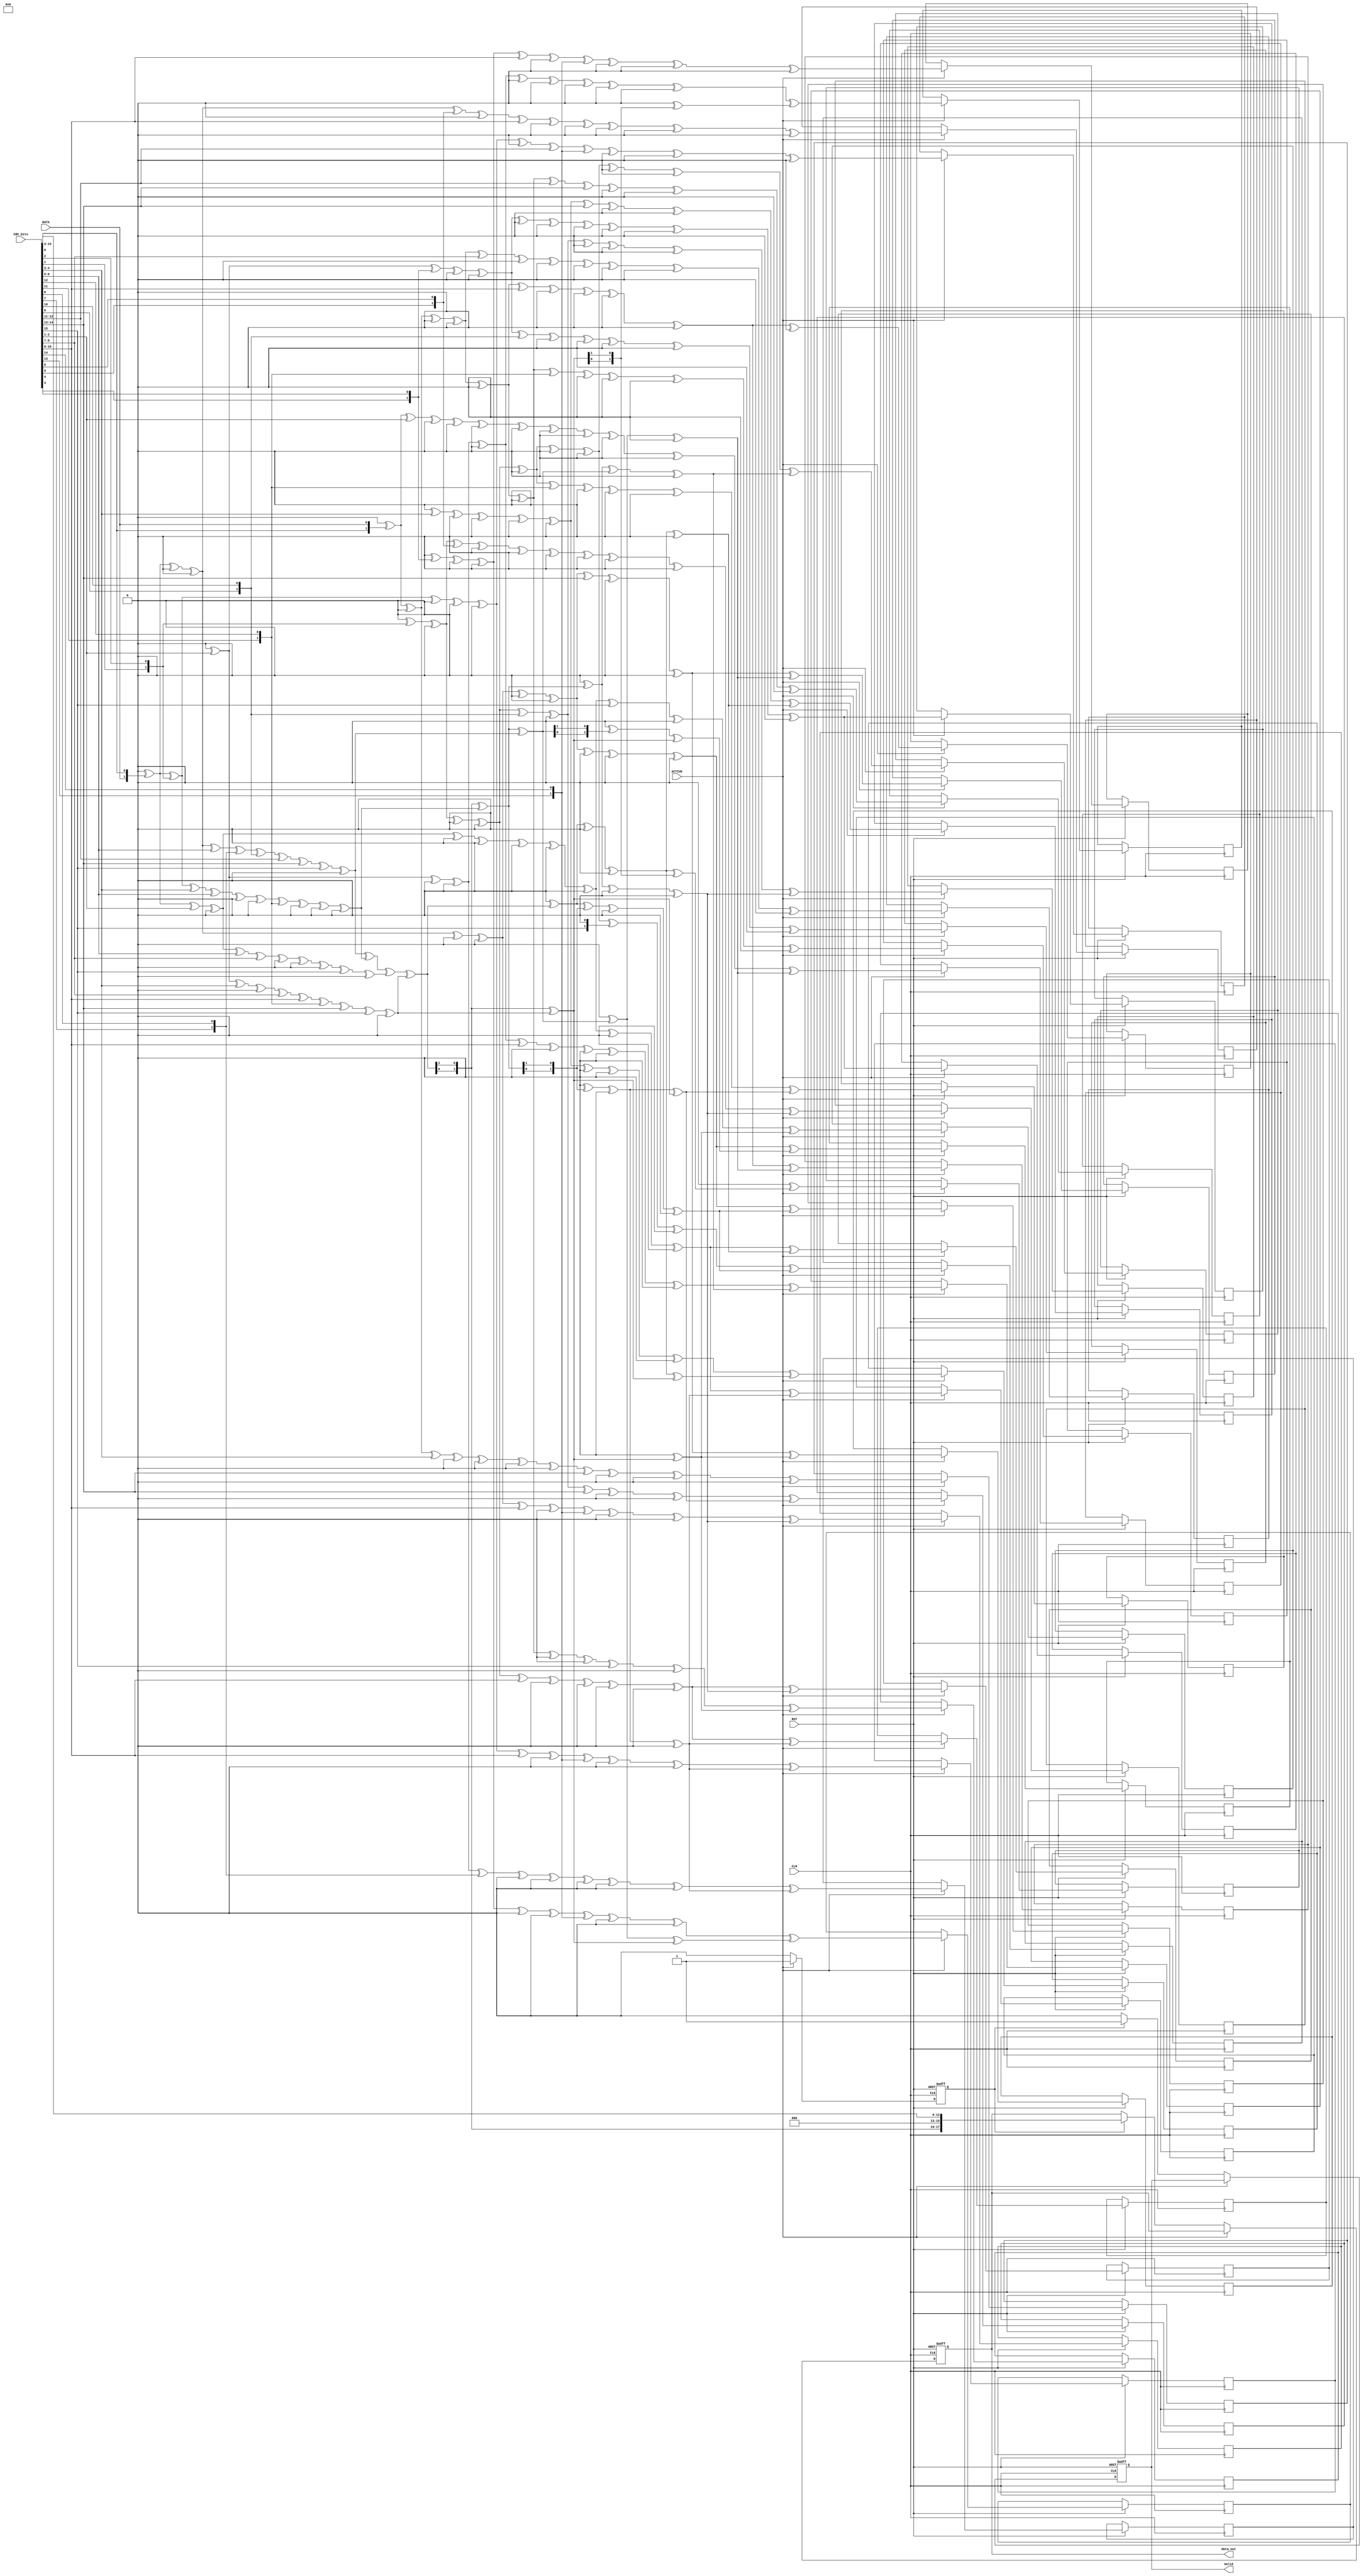
module LDPC #(parameter zc = 2, parameter kb = 10,parameter width =50,parameter size =width*zc ) (
    input CLK,
    input RST,
    input DATA,
    input [15:0] CRC_bits,
    input ACTIVE ,
    output     reg   [128-1:0]                   data_out,          
    output     reg                      Valid   
);
reg [(kb*zc)-1:0] message;
wire [3:0] A_matrix[3:0][kb-1:0];
wire [3:0]  B_matrix[3:0][3:0];
wire [3:0]  C1_matrix[37:0][kb-1:0];
wire [3:0]  D_matrix[37:0][3:0];

always @ (*) begin
    message = 'b0;
    message={CRC_bits,DATA};
end


  assign A_matrix[0][0] = 4'b0001;
    assign A_matrix[0][1] = 4'b0001;
    assign A_matrix[0][2] = 4'b0000;
    assign A_matrix[0][3] = 4'b0000;
    assign A_matrix[0][4] = 4'b1111;
    assign A_matrix[0][5] = 4'b1111;
    assign A_matrix[0][6] = 4'b0001;
    assign A_matrix[0][7] = 4'b1111;
    assign A_matrix[0][8] = 4'b1111;
    assign A_matrix[0][9] = 4'b0001;
    
    assign A_matrix[1][0] = 4'b0001;
    assign A_matrix[1][1] = 4'b1111;
    assign A_matrix[1][2] = 4'b1111;
    assign A_matrix[1][3] = 4'b0000;
    assign A_matrix[1][4] = 4'b0001;
    assign A_matrix[1][5] = 4'b0001;
    assign A_matrix[1][6] = 4'b0000;
    assign A_matrix[1][7] = 4'b0000;
    assign A_matrix[1][8] = 4'b0000;
    assign A_matrix[1][9] = 4'b0000;
    
    assign A_matrix[2][0] = 4'b0001;
    assign A_matrix[2][1] = 4'b0000;
    assign A_matrix[2][2] = 4'b1111;
    assign A_matrix[2][3] = 4'b0000;
    assign A_matrix[2][4] = 4'b0000;
    assign A_matrix[2][5] = 4'b1111;
    assign A_matrix[2][6] = 4'b1111;
    assign A_matrix[2][7] = 4'b1111;
    assign A_matrix[2][8] = 4'b0000;
    assign A_matrix[2][9] = 4'b1111;
    
     assign A_matrix[3][0] = 4'b1111;
    assign A_matrix[3][1] = 4'b0000;
    assign A_matrix[3][2] = 4'b0000;
    assign A_matrix[3][3] = 4'b1111;
    assign A_matrix[3][4] = 4'b0000;
    assign A_matrix[3][5] = 4'b0000;
    assign A_matrix[3][6] = 4'b0001;
    assign A_matrix[3][7] = 4'b0000;
    assign A_matrix[3][8] = 4'b0000;
    assign A_matrix[3][9] = 4'b0000;


   assign B_matrix[0][0] = 4'b0000;
    assign B_matrix[0][1] = 4'b0000;
    assign B_matrix[0][2] = 4'b1111;
    assign B_matrix[0][3] = 4'b1111;
    
     assign B_matrix[1][0] = 4'b1111;
    assign B_matrix[1][1] = 4'b0000;
    assign B_matrix[1][2] = 4'b0000;
    assign B_matrix[1][3] = 4'b1111;
    
    
     assign B_matrix[2][0] = 4'b0001;
    assign B_matrix[2][1] = 4'b1111;
    assign B_matrix[2][2] = 4'b0000;
    assign B_matrix[2][3] = 4'b0000;
    
    
     assign B_matrix[3][0] = 4'b0000;
    assign B_matrix[3][1] = 4'b1111;
    assign B_matrix[3][2] = 4'b1111;
    assign B_matrix[3][3] = 4'b0000;  

        assign C1_matrix[0][0] = 4'b0001; // 1 in 4-bit binary
        assign C1_matrix[0][1] = 4'b0000; // 0 in 4-bit binary
        assign C1_matrix[0][2] = 4'b1111; // -1 in 4-bit binary (two's complement)
        assign C1_matrix[0][3] = 4'b1111; // -1 in 4-bit binary (two's complement)
        assign C1_matrix[0][4] = 4'b1111; // -1 in 4-bit binary (two's complement)
        assign C1_matrix[0][5] = 4'b1111; // -1 in 4-bit binary (two's complement)
        assign C1_matrix[0][6] = 4'b1111; // -1 in 4-bit binary (two's complement)
        assign C1_matrix[0][7] = 4'b1111; // -1 in 4-bit binary (two's complement)
        assign C1_matrix[0][8] = 4'b1111; // -1 in 4-bit binary (two's complement)
        assign C1_matrix[0][9] = 4'b1111; // -1 in 4-bit binary (two's complement)
  

assign C1_matrix[1][0] = 4'b0001; // 1 in 4-bit binary
        assign C1_matrix[1][1] = 4'b0001; // 1 in 4-bit binary
        assign C1_matrix[1][2] = 4'b1111; // -1 in 4-bit binary (two's complement)
        assign C1_matrix[1][3] = 4'b1111; // -1 in 4-bit binary (two's complement)
        assign C1_matrix[1][4] = 4'b1111; // -1 in 4-bit binary (two's complement)
        assign C1_matrix[1][5] = 4'b0000; // 0 in 4-bit binary
        assign C1_matrix[1][6] = 4'b1111; // -1 in 4-bit binary (two's complement)
        assign C1_matrix[1][7] = 4'b0001; // 1 in 4-bit binary
        assign C1_matrix[1][8] = 4'b1111; // -1 in 4-bit binary (two's complement)
        assign C1_matrix[1][9] = 4'b1111; // -1 in 4-bit binary (two's complement)

 assign C1_matrix[2][0] = 4'b0001; // 1 in 4-bit binary
        assign C1_matrix[2][1] = 4'b1111; // -1 in 4-bit binary (two's complement)
        assign C1_matrix[2][2] = 4'b1111; // -1 in 4-bit binary (two's complement)
        assign C1_matrix[2][3] = 4'b1111; // -1 in 4-bit binary (two's complement)
        assign C1_matrix[2][4] = 4'b1111; // -1 in 4-bit binary (two's complement)
        assign C1_matrix[2][5] = 4'b0000; // 0 in 4-bit binary
        assign C1_matrix[2][6] = 4'b1111; // -1 in 4-bit binary (two's complement)
        assign C1_matrix[2][7] = 4'b0001; // 1 in 4-bit binary
        assign C1_matrix[2][8] = 4'b1111; // -1 in 4-bit binary (two's complement)
        assign C1_matrix[2][9] = 4'b0000; // 0 in 4-bit binary

        assign C1_matrix[3][0] = 4'b1111; // -1 in 4-bit binary (two's complement)
        assign C1_matrix[3][1] = 4'b0001; // 1 in 4-bit binary
        assign C1_matrix[3][2] = 4'b1111; // -1 in 4-bit binary (two's complement)
        assign C1_matrix[3][3] = 4'b1111; // -1 in 4-bit binary (two's complement)
        assign C1_matrix[3][4] = 4'b1111; // -1 in 4-bit binary (two's complement)
        assign C1_matrix[3][5] = 4'b0001; // 1 in 4-bit binary
        assign C1_matrix[3][6] = 4'b1111; // -1 in 4-bit binary (two's complement)
        assign C1_matrix[3][7] = 4'b0000; // 0 in 4-bit binary
        assign C1_matrix[3][8] = 4'b1111; // -1 in 4-bit binary (two's complement)
        assign C1_matrix[3][9] = 4'b1111; // -1 in 4-bit binary (two's complement)

 assign C1_matrix[4][0] = 4'b0000; // 0 in 4-bit binary
        assign C1_matrix[4][1] = 4'b0000; // 0 in 4-bit binary
        assign C1_matrix[4][2] = 4'b1111; // -1 in 4-bit binary (two's complement)
        assign C1_matrix[4][3] = 4'b1111; // -1 in 4-bit binary (two's complement)
        assign C1_matrix[4][4] = 4'b1111; // -1 in 4-bit binary (two's complement)
        assign C1_matrix[4][5] = 4'b1111; // -1 in 4-bit binary (two's complement)
        assign C1_matrix[4][6] = 4'b1111; // -1 in 4-bit binary (two's complement)
        assign C1_matrix[4][7] = 4'b1111; // -1 in 4-bit binary (two's complement)
        assign C1_matrix[4][8] = 4'b1111; // -1 in 4-bit binary (two's complement)
        assign C1_matrix[4][9] = 4'b1111; // -1 in 4-bit binary (two's complement)

 assign C1_matrix[5][0] = 4'b1111; // -1 in 4-bit binary (two's complement)
        assign C1_matrix[5][1] = 4'b0001; // 1 in 4-bit binary
        assign C1_matrix[5][2] = 4'b1111; // -1 in 4-bit binary (two's complement)
        assign C1_matrix[5][3] = 4'b1111; // -1 in 4-bit binary (two's complement)
        assign C1_matrix[5][4] = 4'b1111; // -1 in 4-bit binary (two's complement)
        assign C1_matrix[5][5] = 4'b1111; // -1 in 4-bit binary (two's complement)
        assign C1_matrix[5][6] = 4'b1111; // -1 in 4-bit binary (two's complement)
        assign C1_matrix[5][7] = 4'b1111; // -1 in 4-bit binary (two's complement)
        assign C1_matrix[5][8] = 4'b0001; // 1 in 4-bit binary
        assign C1_matrix[5][9] = 4'b1111; // -1 in 4-bit binary (two's complement)

 assign C1_matrix[6][0] = 4'b0001; // 1 in 4-bit binary
        assign C1_matrix[6][1] = 4'b0001; // 1 in 4-bit binary
        assign C1_matrix[6][2] = 4'b1111; // -1 in 4-bit binary (two's complement)
        assign C1_matrix[6][3] = 4'b1111; // -1 in 4-bit binary (two's complement)
        assign C1_matrix[6][4] = 4'b1111; // -1 in 4-bit binary (two's complement)
        assign C1_matrix[6][5] = 4'b1111; // -1 in 4-bit binary (two's complement)
        assign C1_matrix[6][6] = 4'b0000; // 0 in 4-bit binary
        assign C1_matrix[6][7] = 4'b0001; // 1 in 4-bit binary
        assign C1_matrix[6][8] = 4'b1111; // -1 in 4-bit binary (two's complement)
        assign C1_matrix[6][9] = 4'b1111; // -1 in 4-bit binary (two's complement)

 assign C1_matrix[7][0] = 4'b0001; // 1 in 4-bit binary
        assign C1_matrix[7][1] = 4'b1111; // -1 in 4-bit binary (two's complement)
        assign C1_matrix[7][2] = 4'b1111; // -1 in 4-bit binary (two's complement)
        assign C1_matrix[7][3] = 4'b1111; // -1 in 4-bit binary (two's complement)
        assign C1_matrix[7][4] = 4'b1111; // -1 in 4-bit binary (two's complement)
        assign C1_matrix[7][5] = 4'b1111; // -1 in 4-bit binary (two's complement)
        assign C1_matrix[7][6] = 4'b1111; // -1 in 4-bit binary (two's complement)
        assign C1_matrix[7][7] = 4'b0000; // 0 in 4-bit binary
        assign C1_matrix[7][8] = 4'b1111; // -1 in 4-bit binary (two's complement)
        assign C1_matrix[7][9] = 4'b0000; // 0 in 4-bit binary

assign C1_matrix[8][0] = 4'b1111; // -1 in 4-bit binary (two's complement)
        assign C1_matrix[8][1] = 4'b0001; // 1 in 4-bit binary
        assign C1_matrix[8][2] = 4'b1111; // -1 in 4-bit binary (two's complement)
        assign C1_matrix[8][3] = 4'b0001; // 1 in 4-bit binary
        assign C1_matrix[8][4] = 4'b1111; // -1 in 4-bit binary (two's complement)
        assign C1_matrix[8][5] = 4'b1111; // -1 in 4-bit binary (two's complement)
        assign C1_matrix[8][6] = 4'b1111; // -1 in 4-bit binary (two's complement)
        assign C1_matrix[8][7] = 4'b1111; // -1 in 4-bit binary (two's complement)
        assign C1_matrix[8][8] = 4'b1111; // -1 in 4-bit binary (two's complement)
        assign C1_matrix[8][9] = 4'b1111; // -1 in 4-bit binary (two's complement)

assign C1_matrix[9][0] = 4'b0001; // 1 in 4-bit binary
        assign C1_matrix[9][1] = 4'b0000; // 0 in 4-bit binary
        assign C1_matrix[9][2] = 4'b1111; // -1 in 4-bit binary (two's complement)
        assign C1_matrix[9][3] = 4'b1111; // -1 in 4-bit binary (two's complement)
        assign C1_matrix[9][4] = 4'b1111; // -1 in 4-bit binary (two's complement)
        assign C1_matrix[9][5] = 4'b1111; // -1 in 4-bit binary (two's complement)
        assign C1_matrix[9][6] = 4'b1111; // -1 in 4-bit binary (two's complement)
        assign C1_matrix[9][7] = 4'b1111; // -1 in 4-bit binary (two's complement)
        assign C1_matrix[9][8] = 4'b0000; // 0 in 4-bit binary
        assign C1_matrix[9][9] = 4'b1111; // -1 in 4-bit binary (two's complement)

assign C1_matrix[10][0] = 4'b1111; // -1 in 4-bit binary (two's complement)
        assign C1_matrix[10][1] = 4'b0001; // 1 in 4-bit binary
        assign C1_matrix[10][2] = 4'b1111; // -1 in 4-bit binary (two's complement)
        assign C1_matrix[10][3] = 4'b1111; // -1 in 4-bit binary (two's complement)
        assign C1_matrix[10][4] = 4'b1111; // -1 in 4-bit binary (two's complement)
        assign C1_matrix[10][5] = 4'b1111; // -1 in 4-bit binary (two's complement)
        assign C1_matrix[10][6] = 4'b0001; // 1 in 4-bit binary
        assign C1_matrix[10][7] = 4'b1111; // -1 in 4-bit binary (two's complement)
        assign C1_matrix[10][8] = 4'b1111; // -1 in 4-bit binary (two's complement)
        assign C1_matrix[10][9] = 4'b1111; // -1 in 4-bit binary (two's complement)


assign C1_matrix[11][0] = 4'b0001; // 1 in 4-bit binary
        assign C1_matrix[11][1] = 4'b1111; // -1 in 4-bit binary (two's complement)
        assign C1_matrix[11][2] = 4'b1111; // -1 in 4-bit binary (two's complement)
        assign C1_matrix[11][3] = 4'b1111; // -1 in 4-bit binary (two's complement)
        assign C1_matrix[11][4] = 4'b1111; // -1 in 4-bit binary (two's complement)
        assign C1_matrix[11][5] = 4'b1111; // -1 in 4-bit binary (two's complement)
        assign C1_matrix[11][6] = 4'b1111; // -1 in 4-bit binary (two's complement)
        assign C1_matrix[11][7] = 4'b1111; // -1 in 4-bit binary (two's complement)
        assign C1_matrix[11][8] = 4'b1111; // -1 in 4-bit binary (two's complement)
        assign C1_matrix[11][9] = 4'b1111; // -1 in 4-bit binary (two's complement)


 assign C1_matrix[12][0] = 4'b1111; // -1
        assign C1_matrix[12][1] = 4'b0001; // 1
        assign C1_matrix[12][2] = 4'b1111; // -1
        assign C1_matrix[12][3] = 4'b1111; // -1
        assign C1_matrix[12][4] = 4'b1111; // -1
        assign C1_matrix[12][5] = 4'b1111; // -1
        assign C1_matrix[12][6] = 4'b1111; // -1
        assign C1_matrix[12][7] = 4'b1111; // -1
        assign C1_matrix[12][8] = 4'b1111; // -1
        assign C1_matrix[12][9] = 4'b0000; // 0

        // Row 2 (assign C1_matrix[13][j])
        assign C1_matrix[13][0] = 4'b1111; // -1
        assign C1_matrix[13][1] = 4'b0000; // 0
        assign C1_matrix[13][2] = 4'b1111; // -1
        assign C1_matrix[13][3] = 4'b1111; // -1
        assign C1_matrix[13][4] = 4'b1111; // -1
        assign C1_matrix[13][5] = 4'b0000; // 0
        assign C1_matrix[13][6] = 4'b1111; // -1
        assign C1_matrix[13][7] = 4'b1111; // -1
        assign C1_matrix[13][8] = 4'b1111; // -1
        assign C1_matrix[13][9] = 4'b1111; // -1

        // Row 3 (assign C1_matrix[14][j])
        assign C1_matrix[14][0] = 4'b0000; // 0
        assign C1_matrix[14][1] = 4'b1111; // -1
        assign C1_matrix[14][2] = 4'b1111; // -1
        assign C1_matrix[14][3] = 4'b1111; // -1
        assign C1_matrix[14][4] = 4'b1111; // -1
        assign C1_matrix[14][5] = 4'b1111; // -1
        assign C1_matrix[14][6] = 4'b0000; // 0
        assign C1_matrix[14][7] = 4'b0000; // 0
        assign C1_matrix[14][8] = 4'b1111; // -1
        assign C1_matrix[14][9] = 4'b1111; // -1

        // Row 4 (assign C1_matrix[15][j])
        assign C1_matrix[15][0] = 4'b0001; // 1
        assign C1_matrix[15][1] = 4'b0000; // 0
        assign C1_matrix[15][2] = 4'b1111; // -1
        assign C1_matrix[15][3] = 4'b1111; // -1
        assign C1_matrix[15][4] = 4'b1111; // -1
        assign C1_matrix[15][5] = 4'b1111; // -1
        assign C1_matrix[15][6] = 4'b1111; // -1
        assign C1_matrix[15][7] = 4'b1111; // -1
        assign C1_matrix[15][8] = 4'b1111; // -1
        assign C1_matrix[15][9] = 4'b1111; // -1

        // Row 5 (assign C1_matrix[16][j])
        assign C1_matrix[16][0] = 4'b1111; // -1
        assign C1_matrix[16][1] = 4'b0000; // 0
        assign C1_matrix[16][2] = 4'b1111; // -1
        assign C1_matrix[16][3] = 4'b1111; // -1
        assign C1_matrix[16][4] = 4'b0001; // 1
        assign C1_matrix[16][5] = 4'b1111; // -1
       assign C1_matrix [16][6] = 4'b1111; // -1
        assign C1_matrix[16][7] = 4'b1111; // -1
        assign C1_matrix[16][8] = 4'b1111; // -1
        assign C1_matrix[16][9] = 4'b1111; // -1

 assign C1_matrix[17][0] = 4'b0000; // 0
        assign C1_matrix[17][1] = 4'b1111; // -1
        assign C1_matrix[17][2] = 4'b1111; // -1
        assign C1_matrix[17][3] = 4'b1111; // -1
        assign C1_matrix[17][4] = 4'b1111; // -1
        assign C1_matrix[17][5] = 4'b1111; // -1
        assign C1_matrix[17][6] = 4'b1111; // -1
        assign C1_matrix[17][7] = 4'b1111; // -1
        assign C1_matrix[17][8] = 4'b0000; // 0
        assign C1_matrix[17][9] = 4'b1111; // -1

        // Row 2 (assign C1_matrix[18][j])
        assign C1_matrix[18][0] = 4'b1111; // -1
        assign C1_matrix[18][1] = 4'b0000; // 0
        assign C1_matrix[18][2] = 4'b0001; // 1
        assign C1_matrix[18][3] = 4'b1111; // -1
        assign C1_matrix[18][4] = 4'b1111; // -1
        assign C1_matrix[18][5] = 4'b1111; // -1
        assign C1_matrix[18][6] = 4'b1111; // -1
        assign C1_matrix[18][7] = 4'b1111; // -1
        assign C1_matrix[18][8] = 4'b1111; // -1
        assign C1_matrix[18][9] = 4'b1111; // -1

        // Row 3 (assign C1_matrix[19][j])
        assign C1_matrix[19][0] = 4'b0001; // 1
        assign C1_matrix[19][1] = 4'b1111; // -1
        assign C1_matrix[19][2] = 4'b1111; // -1
        assign C1_matrix[19][3] = 4'b0001; // 1
        assign C1_matrix[19][4] = 4'b1111; // -1
        assign C1_matrix[19][5] = 4'b0000; // 0
        assign C1_matrix[19][6] = 4'b1111; // -1
        assign C1_matrix[19][7] = 4'b1111; // -1
        assign C1_matrix[19][8] = 4'b1111; // -1
        assign C1_matrix[19][9] = 4'b1111; // -1

        // Row 4 (assign C1_matrix[20][j])
        assign C1_matrix[20][0] = 4'b1111; // -1
        assign C1_matrix[20][1] = 4'b0000; // 0
        assign C1_matrix[20][2] = 4'b0001; // 1
        assign C1_matrix[20][3] = 4'b1111; // -1
        assign C1_matrix[20][4] = 4'b1111; // -1
        assign C1_matrix[20][5] = 4'b1111; // -1
        assign C1_matrix[20][6] = 4'b1111; // -1
        assign C1_matrix[20][7] = 4'b1111; // -1
        assign C1_matrix[20][8] = 4'b1111; // -1
        assign C1_matrix[20][9] = 4'b0000; // 0

        // Row 5 (assign C1_matrix[21][j])
        assign C1_matrix[21][0] = 4'b0000; // 0
        assign C1_matrix[21][1] = 4'b1111; // -1
        assign C1_matrix[21][2] = 4'b1111; // -1
        assign C1_matrix[21][3] = 4'b1111; // -1
        assign C1_matrix[21][4] = 4'b1111; // -1
        assign C1_matrix[21][5] = 4'b0000; // 0
        assign C1_matrix[21][6] = 4'b1111; // -1
        assign C1_matrix[21][7] = 4'b1111; // -1
        assign C1_matrix[21][8] = 4'b1111; // -1
        assign C1_matrix[21][9] = 4'b1111; // -1

        // Row 6 (assign C1_matrix[22][j])
        assign C1_matrix[22][0] = 4'b1111; // -1
        assign C1_matrix[22][1] = 4'b1111; // -1
        assign C1_matrix[22][2] = 4'b0001; // 1
        assign C1_matrix[22][3] = 4'b1111; // -1
        assign C1_matrix[22][4] = 4'b1111; // -1
        assign C1_matrix[22][5] = 4'b1111; // -1
        assign C1_matrix[22][6] = 4'b1111; // -1
        assign C1_matrix[22][7] = 4'b0001; // 1
        assign C1_matrix[22][8] = 4'b1111; // -1
        assign C1_matrix[22][9] = 4'b1111; // -1

        // Row 7 (assign C1_matrix[23][j])
        assign C1_matrix[23][0] = 4'b0000; // 0
        assign C1_matrix[23][1] = 4'b1111; // -1
        assign C1_matrix[23][2] = 4'b1111; // -1
        assign C1_matrix[23][3] = 4'b1111; // -1
        assign C1_matrix[23][4] = 4'b1111; // -1
        assign C1_matrix[23][5] = 4'b1111; // -1
        assign C1_matrix[23][6] = 4'b0001; // 1
        assign C1_matrix[23][7] = 4'b1111; // -1
        assign C1_matrix[23][8] = 4'b1111; // -1
        assign C1_matrix[23][9] = 4'b1111; // -1

        // Row 8 (assign C1_matrix[24][j])
        assign C1_matrix[24][0] = 4'b1111; // -1
        assign C1_matrix[24][1] = 4'b0000; // 0
        assign C1_matrix[24][2] = 4'b0001; // 1
        assign C1_matrix[24][3] = 4'b1111; // -1
        assign C1_matrix[24][4] = 4'b1111; // -1
        assign C1_matrix[24][5] = 4'b0001; // 1
        assign C1_matrix[24][6] = 4'b1111; // -1
        assign C1_matrix[24][7] = 4'b1111; // -1
        assign C1_matrix[24][8] = 4'b1111; // -1
        assign C1_matrix[24][9] = 4'b1111; // -1

 assign C1_matrix[25][0] = 4'b0000; // 0
        assign C1_matrix[25][1] = 4'b1111; // -1
        assign C1_matrix[25][2] = 4'b1111; // -1
        assign C1_matrix[25][3] = 4'b1111; // -1
        assign C1_matrix[25][4] = 4'b0000; // 0
        assign C1_matrix[25][5] = 4'b1111; // -1
        assign C1_matrix[25][6] = 4'b1111; // -1
        assign C1_matrix[25][7] = 4'b1111; // -1
        assign C1_matrix[25][8] = 4'b1111; // -1
        assign C1_matrix[25][9] = 4'b1111; // -1

        // Row 2 (assign C1_matrix[26][j])
        assign C1_matrix[26][0] = 4'b1111; // -1
        assign C1_matrix[26][1] = 4'b1111; // -1
        assign C1_matrix[26][2] = 4'b0001; // 1
        assign C1_matrix[26][3] = 4'b1111; // -1
        assign C1_matrix[26][4] = 4'b1111; // -1
        assign C1_matrix[26][5] = 4'b0000; // 0
        assign C1_matrix[26][6] = 4'b1111; // -1
        assign C1_matrix[26][7] = 4'b0001; // 1
        assign C1_matrix[26][8] = 4'b1111; // -1
        assign C1_matrix[26][9] = 4'b0000; // 0

        // Row 3 (assign C1_matrix[27][j])
        assign C1_matrix[27][0] = 4'b1111; // -1
        assign C1_matrix[27][1] = 4'b0000; // 0
        assign C1_matrix[27][2] = 4'b1111; // -1
        assign C1_matrix[27][3] = 4'b1111; // -1
        assign C1_matrix[27][4] = 4'b1111; // -1
        assign C1_matrix[27][5] = 4'b1111; // -1
        assign C1_matrix[27][6] = 4'b1111; // -1
        assign C1_matrix[27][7] = 4'b1111; // -1
         assign C1_matrix[27][8] = 4'b1111; // -1
        assign C1_matrix[27][9] = 4'b1111; // -1

        // Row 4 (assign C1_matrix[28][j])
        assign C1_matrix[28][0] = 4'b0000; // 0
        assign C1_matrix[28][1] = 4'b1111; // -1
        assign C1_matrix[28][2] = 4'b1111; // -1
        assign C1_matrix[28][3] = 4'b1111; // -1
        assign C1_matrix[28][4] = 4'b1111; // -1
        assign C1_matrix[28][5] = 4'b0000; // 0
        assign C1_matrix[28][6] = 4'b1111; // -1
        assign C1_matrix[28][7] = 4'b1111; // -1
        assign C1_matrix[28][8] = 4'b1111; // -1
        assign C1_matrix[28][9] = 4'b1111; // -1

        // Row 5 (assign C1_matrix[29][j])
        assign C1_matrix[29][0] = 4'b1111; // -1
        assign C1_matrix[29][1] = 4'b1111; // -1
        assign C1_matrix[29][2] = 4'b0000; // 0
        assign C1_matrix[29][3] = 4'b1111; // -1
        assign C1_matrix[29][4] = 4'b1111; // -1
        assign C1_matrix[29][5] = 4'b1111; // -1
        assign C1_matrix[29][6] = 4'b1111; // -1
        assign C1_matrix[29][7] = 4'b0000; // 0
        assign C1_matrix[29][8] = 4'b1111; // -1
        assign C1_matrix[29][9] = 4'b1111; // -1

        // Row 6 (assign C1_matrix[30][j])
        assign C1_matrix[30][0] = 4'b0001; // 1
        assign C1_matrix[30][1] = 4'b1111; // -1
        assign C1_matrix[30][2] = 4'b1111; // -1
        assign C1_matrix[30][3] = 4'b1111; // -1
        assign C1_matrix[30][4] = 4'b1111; // -1
        assign C1_matrix[30][5] = 4'b1111; // -1
        assign C1_matrix[30][6] = 4'b1111; // -1
        assign C1_matrix[30][7] = 4'b1111; // -1
        assign C1_matrix[30][8] = 4'b1111; // -1
        assign C1_matrix[30][9] = 4'b1111; // -1

        // Row 7 (assign C1_matrix[31][j])
        assign C1_matrix[31][0] = 4'b1111; // -1
        assign C1_matrix[31][1] = 4'b0001; // 1
        assign C1_matrix[31][2] = 4'b1111; // -1
        assign C1_matrix[31][3] = 4'b1111; // -1
        assign C1_matrix[31][4] = 4'b1111; // -1
        assign C1_matrix[31][5] = 4'b0000; // 0
        assign C1_matrix[31][6] = 4'b1111; // -1
        assign C1_matrix[31][7] = 4'b1111; // -1
        assign C1_matrix[31][8] = 4'b1111; // -1
        assign C1_matrix[31][9] = 4'b1111; // -1

 assign C1_matrix[32][0] = 4'b0000; // 0
        assign C1_matrix[32][1] = 4'b1111; // -1
        assign C1_matrix[32][2] = 4'b0000; // 0
        assign C1_matrix[32][3] = 4'b1111; // -1
        assign C1_matrix[32][4] = 4'b1111; // -1
        assign C1_matrix[32][5] = 4'b1111; // -1
        assign C1_matrix[32][6] = 4'b1111; // -1
        assign C1_matrix[32][7] = 4'b0000; // 0
        assign C1_matrix[32][8] = 4'b1111; // -1
        assign C1_matrix[32][9] = 4'b1111; // -1

        // Row 2 (assign C1_matrix[33][j])
        assign C1_matrix[33][0] = 4'b1111; // -1
        assign C1_matrix[33][1] = 4'b1111; // -1
        assign C1_matrix[33][2] = 4'b1111; // -1
        assign C1_matrix[33][3] = 4'b1111; // -1
        assign C1_matrix[33][4] = 4'b1111; // -1
        assign C1_matrix[33][5] = 4'b1111; // -1
        assign C1_matrix[33][6] = 4'b1111; // -1
        assign C1_matrix[33][7] = 4'b1111; // -1
        assign C1_matrix[33][8] = 4'b1111; // -1
        assign C1_matrix[33][9] = 4'b1111; // -1

        // Row 3 (assign C1_matrix[34][j])
        assign C1_matrix[34][0] = 4'b1111; // -1
        assign C1_matrix[34][1] = 4'b0001; // 1
        assign C1_matrix[34][2] = 4'b1111; // -1
        assign C1_matrix[34][3] = 4'b1111; // -1
        assign C1_matrix[34][4] = 4'b1111; // -1
        assign C1_matrix[34][5] = 4'b0000; // 0
        assign C1_matrix[34][6] = 4'b1111; // -1
        assign C1_matrix[34][7] = 4'b1111; // -1
        assign C1_matrix[34][8] = 4'b1111; // -1
        assign C1_matrix[34][9] = 4'b1111; // -1

        // Row 4 (assign C1_matrix[35][j])
        assign C1_matrix[35][0] = 4'b0001; // 1
        assign C1_matrix[35][1] = 4'b1111; // -1
        assign C1_matrix[35][2] = 4'b1111; // -1
        assign C1_matrix[35][3] = 4'b1111; // -1
        assign C1_matrix[35][4] = 4'b1111; // -1
        assign C1_matrix[35][5] = 4'b1111; // -1
        assign C1_matrix[35][6] = 4'b1111; // -1
        assign C1_matrix[35][7] = 4'b0000; // 0
        assign C1_matrix[35][8] = 4'b1111; // -1
        assign C1_matrix[35][9] = 4'b1111; // -1

        // Row 5 (assign C1_matrix[36][j])
        assign C1_matrix[36][0] = 4'b1111; // -1
        assign C1_matrix[36][1] = 4'b1111; // -1
        assign C1_matrix[36][2] = 4'b0000; // 0
        assign C1_matrix[36][3] = 4'b1111; // -1
        assign C1_matrix[36][4] = 4'b1111; // -1
        assign C1_matrix[36][5] = 4'b1111; // -1
        assign C1_matrix[36][6] = 4'b1111; // -1
        assign C1_matrix[36][7] = 4'b1111; // -1
        assign C1_matrix[36][8] = 4'b1111; // -1
        assign C1_matrix[36][9] = 4'b1111; // -1

        // Row 6 (assign C1_matrix[37][j])
        assign C1_matrix[37][0] = 4'b1111; // -1
        assign C1_matrix[37][1] = 4'b0001; // 1
        assign C1_matrix[37][2] = 4'b1111; // -1
        assign C1_matrix[37][3] = 4'b1111; // -1
        assign C1_matrix[37][4] = 4'b1111; // -1
        assign C1_matrix[37][5] = 4'b0001; // 1
        assign C1_matrix[37][6] = 4'b1111; // -1
        assign C1_matrix[37][7] = 4'b1111; // -1
        assign C1_matrix[37][8] = 4'b1111; // -1
        assign C1_matrix[37][9] = 4'b1111; // -1

 // Row 0
    assign D_matrix[0][0] = 4'b1111; // -1
    assign D_matrix[0][1] = 4'b0001; // 1
    assign D_matrix[0][2] = 4'b1111; // -1
    assign D_matrix[0][3] = 4'b1111; // -1
    
    // Row 1
    assign D_matrix[1][0] = 4'b1111; // -1
    assign D_matrix[1][1] = 4'b0001; // 1
    assign D_matrix[1][2] = 4'b1111; // -1
    assign D_matrix[1][3] = 4'b1111; // -1

       // Row 2
    assign D_matrix[2][0] = 4'b1111; // -1
    assign D_matrix[2][1] = 4'b0000; // 0
    assign D_matrix[2][2] = 4'b1111; // -1
    assign D_matrix[2][3] = 4'b1111; // -1
    
    // Row 3
    assign D_matrix[3][0] = 4'b1111; // -1
    assign D_matrix[3][1] = 4'b0001; // 1
    assign D_matrix[3][2] = 4'b1111; // -1
    assign D_matrix[3][3] = 4'b0000; // 0

         // Row 4
    assign D_matrix[4][0] = 4'b1111; // -1
    assign D_matrix[4][1] = 4'b1111; // -1
    assign D_matrix[4][2] = 4'b0000; // 0
    assign D_matrix[4][3] = 4'b1111; // -1
    
    // Row 5
    assign D_matrix[5][0] = 4'b0001; // 1
    assign D_matrix[5][1] = 4'b0001; // 1
    assign D_matrix[5][2] = 4'b1111; // -1
    assign D_matrix[5][3] = 4'b1111; // -1
    
 // Row 6
    assign D_matrix[6][0] = 4'b1111; // -1
    assign D_matrix[6][1] = 4'b1111; // -1
    assign D_matrix[6][2] = 4'b1111; // -1
    assign D_matrix[6][3] = 4'b1111; // -1
    
    // Row 7
    assign D_matrix[7][0] = 4'b1111; // -1
    assign D_matrix[7][1] = 4'b1111; // -1
    assign D_matrix[7][2] = 4'b1111; // -1
    assign D_matrix[7][3] = 4'b0000; // 0

       // Row 8
    assign D_matrix[8][0] = 4'b1111; // -1
    assign D_matrix[8][1] = 4'b0000; // 0
    assign D_matrix[8][2] = 4'b1111; // -1
    assign D_matrix[8][3] = 4'b1111; // -1
    
    // Row 9
    assign D_matrix[9][0] = 4'b1111; // -1
    assign D_matrix[9][1] = 4'b1111; // -1
    assign D_matrix[9][2] = 4'b1111; // -1
    assign D_matrix[9][3] = 4'b0000; // 0
    
     // Row 10
    assign D_matrix[10][0] = 4'b1111; // -1
    assign D_matrix[10][1] = 4'b0001; // 1
    assign D_matrix[10][2] = 4'b1111; // -1
    assign D_matrix[10][3] = 4'b0000; // 0
    
    // Row 11
    assign D_matrix[11][0] = 4'b0001; // 1
    assign D_matrix[11][1] = 4'b0001; // 1
    assign D_matrix[11][2] = 4'b1111; // -1
    assign D_matrix[11][3] = 4'b1111; // -1
    
   // Row 12
    assign D_matrix[12][0] = 4'b1111; // -1
    assign D_matrix[12][1] = 4'b0000; // 0
    assign D_matrix[12][2] = 4'b0000; // 0
    assign D_matrix[12][3] = 4'b1111; // -1
    
    // Row 13
    assign D_matrix[13][0] = 4'b1111; // -1
    assign D_matrix[13][1] = 4'b0000; // 0
    assign D_matrix[13][2] = 4'b0000; // 0
    assign D_matrix[13][3] = 4'b1111; // -1

         // Row 14
    assign D_matrix[14][0] = 4'b1111; // -1
    assign D_matrix[14][1] = 4'b1111; // -1
    assign D_matrix[14][2] = 4'b1111; // -1
    assign D_matrix[14][3] = 4'b1111; // -1
    
    // Row 15
    assign D_matrix[15][0] = 4'b0001; // 1
    assign D_matrix[15][1] = 4'b1111; // -1
    assign D_matrix[15][2] = 4'b1111; // -1
    assign D_matrix[15][3] = 4'b1111; // -1


 // Row 16
    assign D_matrix[16][0] = 4'b1111; // -1
    assign D_matrix[16][1] = 4'b0001; // 1
    assign D_matrix[16][2] = 4'b1111; // -1
    assign D_matrix[16][3] = 4'b1111; // -1
    
    // Row 17
    assign D_matrix[17][0] = 4'b1111; // -1
    assign D_matrix[17][1] = 4'b1111; // -1
    assign D_matrix[17][2] = 4'b1111; // -1
    assign D_matrix[17][3] = 4'b0000; // 0

       // Row 18
    assign D_matrix[18][0] = 4'b1111; // -1
    assign D_matrix[18][1] = 4'b1111; // -1
    assign D_matrix[18][2] = 4'b1111; // -1
    assign D_matrix[18][3] = 4'b1111; // -1
    
    // Row 19
    assign D_matrix[19][0] = 4'b1111; // -1
    assign D_matrix[19][1] = 4'b1111; // -1
    assign D_matrix[19][2] = 4'b1111; // -1
    assign D_matrix[19][3] = 4'b1111; // -1

        // Row 20 
        assign D_matrix[20][0] = 4'b1111; // -1
        assign D_matrix[20][1] = 4'b1111; // -1
        assign D_matrix[20][2] = 4'b1111; // -1
        assign D_matrix[20][3] = 4'b1111; // -1

        // Row 21 
        assign D_matrix[21][0] = 4'b1111; // -1
        assign D_matrix[21][1] = 4'b1111; // -1
        assign D_matrix[21][2] = 4'b1111; // -1
        assign D_matrix[21][3] = 4'b1111; // -1

         // Row 22
    assign D_matrix[22][0] = 4'b1111; // -1
    assign D_matrix[22][1] = 4'b1111; // -1
    assign D_matrix[22][2] = 4'b0000; // 0
    assign D_matrix[22][3] = 4'b0000; // 0
    
    // Row 23
    assign D_matrix[23][0] = 4'b1111; // -1
    assign D_matrix[23][1] = 4'b1111; // -1
    assign D_matrix[23][2] = 4'b1111; // -1
    assign D_matrix[23][3] = 4'b1111; // -1


assign D_matrix[24][0] = 4'b1111; // -1
        assign D_matrix[24][1] = 4'b1111; // -1
        assign D_matrix[24][2] = 4'b1111; // -1
        assign D_matrix[24][3] = 4'b1111; // -1

        // Row 2 (assign D_matrix[25][j])
        assign D_matrix[25][0] = 4'b1111; // -1
        assign D_matrix[25][1] = 4'b1111; // -1
        assign D_matrix[25][2] = 4'b1111; // -1
        assign D_matrix[25][3] = 4'b1111; // -1

        // Row 3 (assign D_matrix[26][j])
        assign D_matrix[26][0] = 4'b1111; // -1
        assign D_matrix[26][1] = 4'b1111; // -1
        assign D_matrix[26][2] = 4'b1111; // -1
        assign D_matrix[26][3] = 4'b1111; // -1

        // Row 27
    assign D_matrix[27][0] = 4'b1111; // -1
    assign D_matrix[27][1] = 4'b1111; // -1
    assign D_matrix[27][2] = 4'b1111; // -1
    assign D_matrix[27][3] = 4'b0001; // 1
    
    // Row 28
    assign D_matrix[28][0] = 4'b1111; // -1
    assign D_matrix[28][1] = 4'b1111; // -1
    assign D_matrix[28][2] = 4'b0000; // 0
    assign D_matrix[28][3] = 4'b1111; // -1

        // Row 29
    assign D_matrix[29][0] = 4'b0001; // 1
    assign D_matrix[29][1] = 4'b1111; // -1
    assign D_matrix[29][2] = 4'b1111; // -1
    assign D_matrix[29][3] = 4'b1111; // -1
    
    // Row 30
    assign D_matrix[30][0] = 4'b1111; // -1
    assign D_matrix[30][1] = 4'b1111; // -1
    assign D_matrix[30][2] = 4'b0001; // 1
    assign D_matrix[30][3] = 4'b0000; // 0

        // Row 31
    assign D_matrix[31][0] = 4'b1111; // -1
    assign D_matrix[31][1] = 4'b0001; // 1
    assign D_matrix[31][2] = 4'b1111; // -1
    assign D_matrix[31][3] = 4'b1111; // -1
    
    // Row 32
    assign D_matrix[32][0] = 4'b1111; // -1
    assign D_matrix[32][1] = 4'b1111; // -1
    assign D_matrix[32][2] = 4'b1111; // -1
    assign D_matrix[32][3] = 4'b1111; // -1

        // Row 33
    assign D_matrix[33][0] = 4'b0001; // 1
    assign D_matrix[33][1] = 4'b1111; // -1
    assign D_matrix[33][2] = 4'b1111; // -1
    assign D_matrix[33][3] = 4'b0001; // 1
    
    // Row 34
    assign D_matrix[34][0] = 4'b1111; // -1
    assign D_matrix[34][1] = 4'b0000; // 0
    assign D_matrix[34][2] = 4'b1111; // -1
    assign D_matrix[34][3] = 4'b1111; // -1

       // Row 35
    assign D_matrix[35][0] = 4'b1111; // -1
    assign D_matrix[35][1] = 4'b1111; // -1
    assign D_matrix[35][2] = 4'b0000; // 0
    assign D_matrix[35][3] = 4'b1111; // -1
    
    // Row 36
    assign D_matrix[36][0] = 4'b0001; // 1
    assign D_matrix[36][1] = 4'b1111; // -1
    assign D_matrix[36][2] = 4'b1111; // -1
    assign D_matrix[36][3] = 4'b0000; // 0
    
    // Row 37
    assign D_matrix[37][0] = 4'b1111; // -1
    assign D_matrix[37][1] = 4'b0000; // 0
    assign D_matrix[37][2] = 4'b1111; // -1
    assign D_matrix[37][3] = 4'b1111; // -1






integer i,j,M;

reg s[kb-1:0][zc-1:0];


always @(*) begin
  for (i = 0; i < kb; i = i + 1) begin
            for (j = 0; j < zc; j = j + 1) begin
                s[i][j] <= message[i*zc+j];  
            end
        end
      end
reg [zc-1:0] cyclic_s[kb-1:0];
reg [zc-1:0] cyclic_c[kb-1:0];
reg [zc-1:0] cyclic_c_2[3:0];




reg [zc-1:0] lambda[3:0];
reg [zc-1:0] value[37:0];
reg [zc-1:0] value_2[37:0];
reg [zc-1:0] pa [3:0];
reg [zc-1:0] pc [37:0];


always @(*) begin
    
    for (i = 0; i < 4; i = i + 1) begin
      lambda[i] = 'b0;
    for (j = 0; j < kb; j = j + 1) begin
      cyclic_s[j]='b0;
            if(A_matrix[i][j]==4'b1111)begin
         
          cyclic_s[j]='b0;
        
        end
            else
              for (M = 0; M < zc; M = M + 1) begin

           cyclic_s[j][M] = s[j][(M + (A_matrix[i][j]) - zc) % zc];
     
end
lambda[i] = lambda[i] ^ cyclic_s[j]; 
end
end
end


always @(*) begin
    
    for (i = 0; i < 38; i = i + 1) begin
      value[i] = 'b0;
    for (j = 0; j < kb; j = j + 1) begin
     cyclic_c[j]=6'b0;
            if( C1_matrix[i][j]==4'b1111)begin
          cyclic_c[j]='b0;
        end
            else
              for (M = 0; M < zc; M = M + 1) begin
           cyclic_c[j][M] = s[j][(M + (  C1_matrix[i][j]) - zc) % zc];
   
end
value[i] = value[i] ^ cyclic_c[j]; 
end
end
end

always @(*) begin
    
    for (i = 0; i < 38; i = i + 1) begin
     value_2[i] = 'b0;
    for (j = 0; j < 4; j = j + 1) begin
      cyclic_c_2[j]='b0;
            if(D_matrix[i][j]==4'b1111)begin
          cyclic_c_2[j]='b0;
        end
            else
              for (M = 0; M < zc; M = M + 1) begin
           cyclic_c_2[j][M] = pa[j][(M + (D_matrix[i][j]) - zc) % zc];
   
end
value_2[i] = value_2[i] ^ cyclic_c_2[j]; 
end
end
end

parameter shift=105%zc;
reg[zc-1:0]pa_c;

always @(*) begin
          if( B_matrix[0][0]==4'b0001)begin 
 pa[0]=lambda[1]^lambda[0]^lambda[2]^lambda[3];
 end
 else if ( B_matrix[1][0]==105)begin 
  pa_c=lambda[1]^lambda[0]^lambda[2]^lambda[3];
  pa[0]={pa_c[zc-(shift)-1:0], pa_c[zc-1:zc-(shift)]}; 
 end
 else begin 
    pa_c=lambda[1]^lambda[0]^lambda[2]^lambda[3];
   pa[0]={pa_c[zc-(1)-1:0], pa_c[zc-1:zc-(1)]}; 
 end
 
 if( B_matrix[0][0]==4'b0001)begin 
  pa[1]= {pa[0][zc-(1)-1:0], pa[0][zc-1:zc-(1)]}^lambda[0];
 end
 
 else begin 
 pa[1]=pa[0]^lambda[0];
 end
 
 
 if((B_matrix[0][0]==4'b0001) && (kb==22)) begin
 pa[3]={pa[0][zc-(1)-1:0], pa[0][zc-1:zc-(1)]}^lambda[3];
 end
 else if(( B_matrix[0][0]==4'b0001) && (kb==10)) begin 
  pa[3]={pa[0][zc-(1)-1:0], pa[0][zc-1:zc-(1)]}^lambda[2];
end 
else begin 
  pa[3]=pa[0]^lambda[3];
end 
 
 if(kb==10)begin 
    pa[2]=pa[1]^lambda[1];
 end
 else begin 
 pa[2]=pa[3]^lambda[2];
 end
  
end

reg enable;

always @(posedge CLK or negedge RST) 
begin
     if(!RST)
          begin
           data_out<='b0;
           Valid <= 1'b0;
           enable <= 0;
          end
     else if(ACTIVE)      
        begin 
          enable <= 1; 
          for (i = 0; i < 38; i = i + 1) 
          begin
              pc[i]=value[i]^value_2[i];
          end
        end
      else if (enable) 
        begin
          data_out <={pc[37],pc[36],pc[35],pc[34],pc[33],pc[32],pc[31],pc[30],pc[29],pc[28],pc[27],pc[26],pc[25],pc[24],pc[23],pc[22],pc[21],pc[20],pc[19],pc[18],pc[17],pc[16],pc[15],pc[14],pc[13],pc[12],pc[11],pc[10],pc[9],pc[8],pc[7],pc[6],pc[5],pc[4],pc[3],pc[2],pc[1],pc[0],pa[3],pa[2],pa[1],pa[0],message[10*zc-1:2*zc]};
          Valid <= 1'b1;
          enable <= 0;					  
        end 
      else
        begin
          Valid <= 0;
        end
end

endmodule